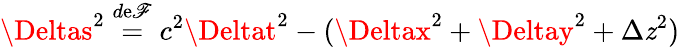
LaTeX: \Deltas^{2}\; {\overset{d\mathrm{e}\mathscr{F}}{=}}\; c^{2}\Deltat^{2}-(\Deltax^{2}+\Deltay^{2}+\Delta\mathit{z}^{2})